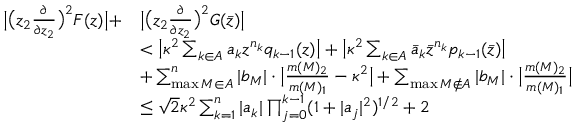
\begin{array} { r l } { \big | \big ( z _ { 2 } \frac { \partial } { \partial z _ { 2 } } \big ) ^ { 2 } F ( z ) \big | + } & { \big | \big ( z _ { 2 } \frac { \partial } { \partial z _ { 2 } } \big ) ^ { 2 } G ( \bar { z } ) \big | } \\ & { < \big | \kappa ^ { 2 } \sum _ { k \in A } a _ { k } z ^ { n _ { k } } { q _ { k - 1 } ( z ) } \big | + \big | \kappa ^ { 2 } \sum _ { k \in A } \bar { a } _ { k } \bar { z } ^ { n _ { k } } { p _ { k - 1 } ( \bar { z } ) } \big | } \\ & { + \sum _ { \operatorname* { m a x } M \in A } ^ { n } | b _ { M } | \cdot \big | \frac { m ( M ) _ { 2 } } { m ( M ) _ { 1 } } - \kappa ^ { 2 } \big | + \sum _ { \operatorname* { m a x } M \notin A } | b _ { M } | \cdot \big | \frac { m ( M ) _ { 2 } } { m ( M ) _ { 1 } } \big | } \\ & { \leq \sqrt { 2 } \kappa ^ { 2 } \sum _ { k = 1 } ^ { n } | a _ { k } | \prod _ { j = 0 } ^ { k - 1 } ( 1 + | a _ { j } | ^ { 2 } ) ^ { 1 / 2 } + 2 } \end{array}